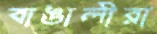
বাঙালীরা